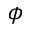
\phi